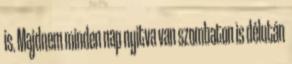
is. Majdnem minden nap nyitva van szombaton is délután